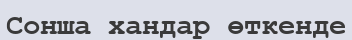
Сонша хандар өткенде